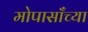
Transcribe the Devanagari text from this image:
मोपासाँच्या